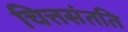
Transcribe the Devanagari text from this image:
चित्तसंतति